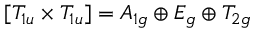
[ T _ { 1 u } \times T _ { 1 u } ] = A _ { 1 g } \oplus E _ { g } \oplus T _ { 2 g }